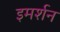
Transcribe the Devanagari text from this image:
इमर्शन